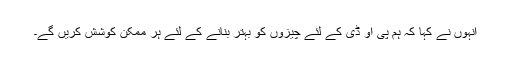
انہوں نے کہا کہ ہم پی او ڈی کے لئے چیزوں کو بہتر بنانے کے لئے ہر ممکن کوشش کریں گے۔